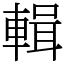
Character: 輯